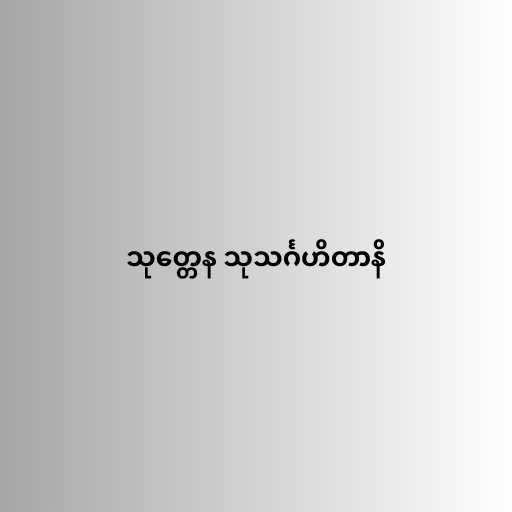
သုတ္တေန သုသင်္ဂဟိတာနိ